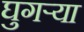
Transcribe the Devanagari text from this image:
घुगऱ्या